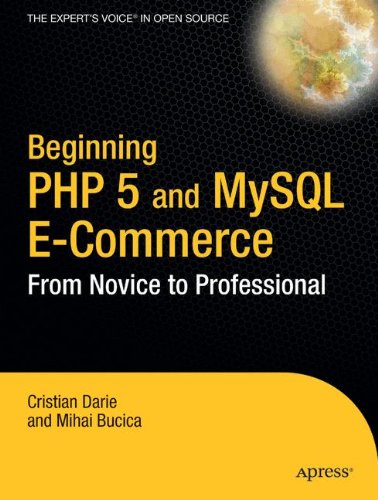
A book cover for Beginning PHP 5 and MySQL E-Commerce: From Novice to Professional; Cristian Darie; Computers & Technology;